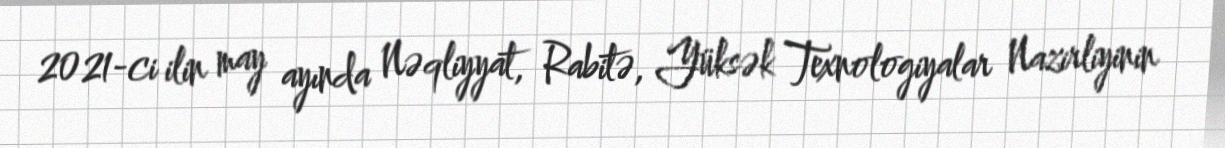
2021-ci ilin may ayında Nəqliyyat, Rabitə, Yüksək Texnologiyalar Nazirliyinin